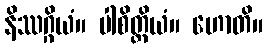
နိဿဂ္ဂိယံ။ ပါစိတ္တိယံ။ ဟောတိ။